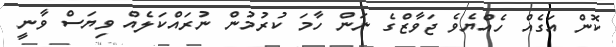
ކޮން އަގެއް ހެއްޔެވެ ޖަވާޒްގެ ނަން ހާމަ ކުރުމުން ނުރައްކަލެއް ވިޔަސް ވާނީ